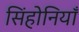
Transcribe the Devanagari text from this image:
सिंहोनियाँ